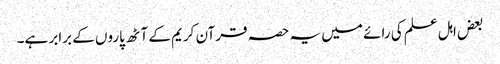
بعض اہل علم کی رائے میں یہ حصہ قرآن کریم کے آٹھ پاروں کے برابر ہے۔